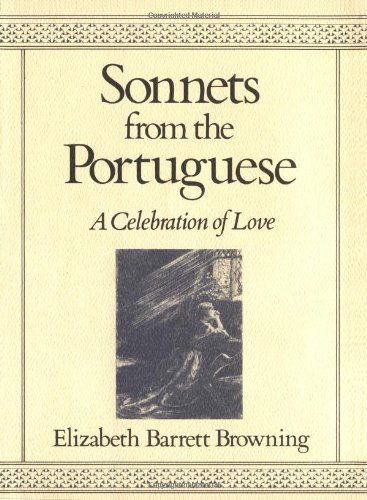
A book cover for Sonnets from the Portuguese: A Celebration of Love; Elizabeth Barrett Browning; Literature & Fiction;